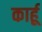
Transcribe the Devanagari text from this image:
कार्हू